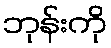
ဘုန်းကို